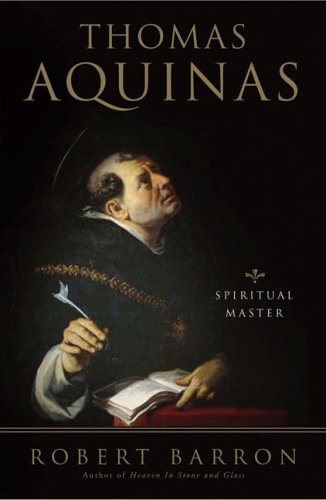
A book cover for Thomas Aquinas: Spiritual Master (Crossroad Spiritual Legacy Series); Robert Barron; Christian Books & Bibles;